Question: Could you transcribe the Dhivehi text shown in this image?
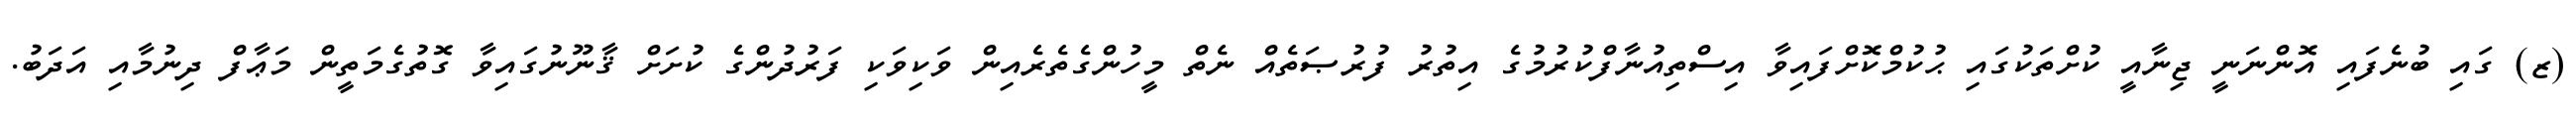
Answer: (ޒ) ގައި ބުނެފައި އޮންނަނީ ޖިނާއީ ކުށްތަކުގައި ޙުކުމްކޮށްފައިވާ އިސްތިއުނާފްކުރުމުގެ އިތުރު ފުރުޞަތެއް ނެތް މީހުންގެތެރެއިން ވަކިވަކި ފަރުދުންގެ ކުށަށް ޤާނޫނުގައިވާ ގޮތުގެމަތީން މަޢާފް ދިނުމާއި އަދަބު.